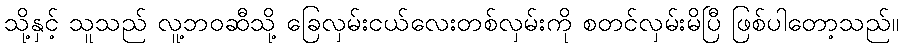
သို့နှင့် သူသည် လူ့ဘဝဆီသို့ ခြေလှမ်းငယ်လေးတစ်လှမ်းကို စတင်လှမ်းမိပြီ ဖြစ်ပါတော့သည်။